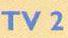
TV 2